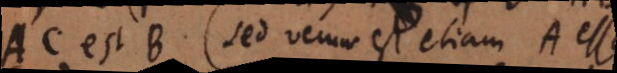
BC est B (sed verum est etiam A esse